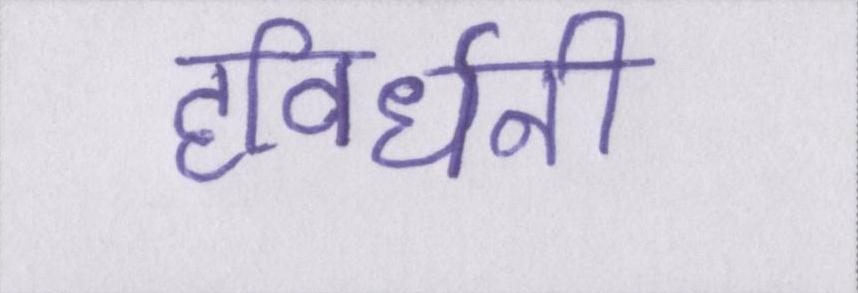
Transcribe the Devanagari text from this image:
हविर्धनी